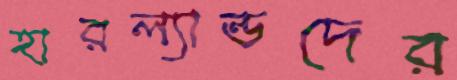
হারল্যান্ডদের